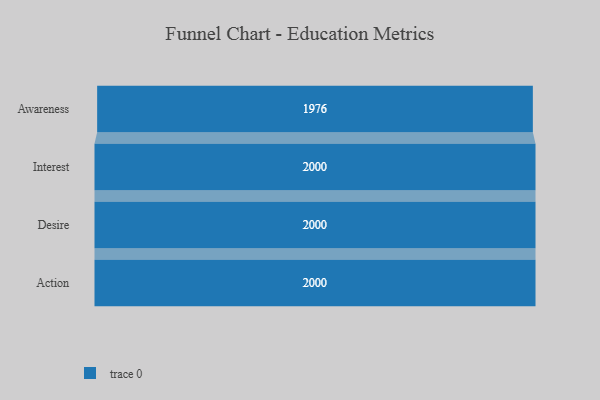
{"axis": {"x": "Stage", "y": "Value"}, "legend": [""], "data": [{"x": "Awareness", "y": 1976.0, "type": ""}, {"x": "Interest", "y": 2000, "type": ""}, {"x": "Desire", "y": 2000, "type": ""}, {"x": "Action", "y": 2000, "type": ""}]}